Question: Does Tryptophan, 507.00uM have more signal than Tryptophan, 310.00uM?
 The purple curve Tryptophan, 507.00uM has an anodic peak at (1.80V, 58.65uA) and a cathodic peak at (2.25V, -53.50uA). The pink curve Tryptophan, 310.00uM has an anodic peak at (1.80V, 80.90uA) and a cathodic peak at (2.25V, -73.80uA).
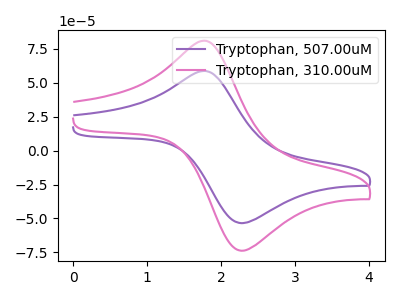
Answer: <think>All the peaks in "Tryptophan, 507.00uM" have a peak in "Tryptophan, 310.00uM" at the same potential. Every peak in "Tryptophan, 507.00uM" is lower than every peak in "Tryptophan, 310.00uM".
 </think>
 <answer>"Tryptophan, 507.00uM" has less signal than "Tryptophan, 310.00uM".</answer>
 <eval>less_signal</eval>